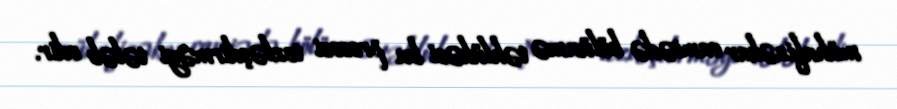
mühafizəkar camiədə bölünmə təhlükəsi bu prosesi tezləşdirməyi tələb edir.